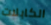
الكابلات